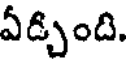
ఏడ్చింది.